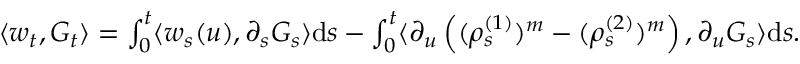
\begin{array} { r } { \langle w _ { t } , G _ { t } \rangle = \int _ { 0 } ^ { t } \langle w _ { s } ( u ) , \partial _ { s } G _ { s } \rangle \mathrm { d } s - \int _ { 0 } ^ { t } \langle \partial _ { u } \left( ( \rho _ { s } ^ { ( 1 ) } ) ^ { m } - ( \rho _ { s } ^ { ( 2 ) } ) ^ { m } \right) , \partial _ { u } G _ { s } \rangle \mathrm { d } s . } \end{array}